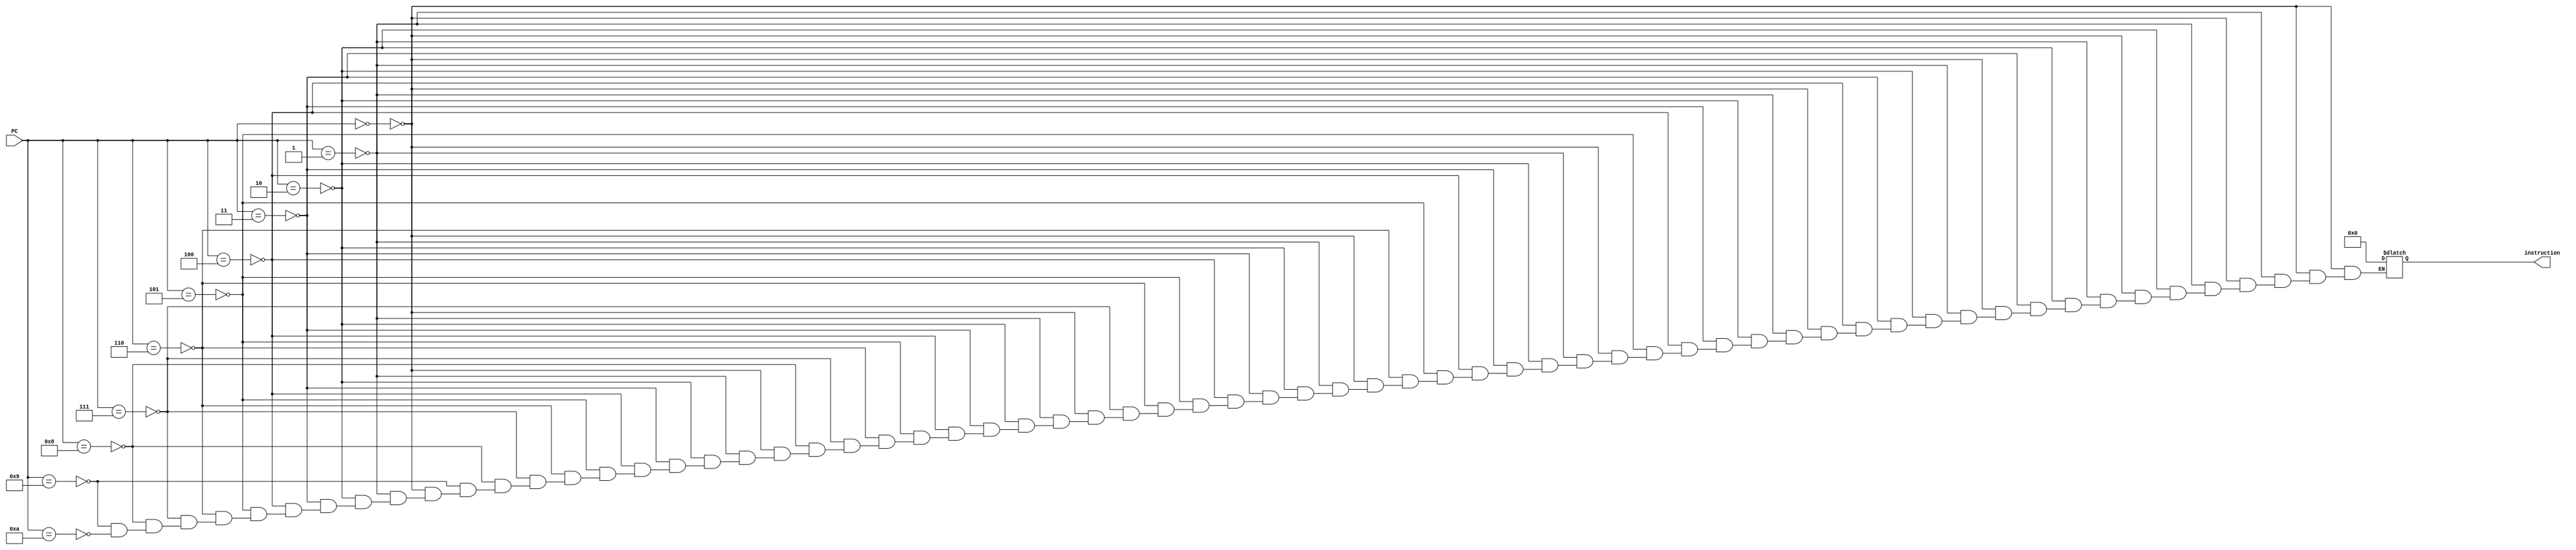
module instruction_memory(PC, instruction);
	input [4:0]PC;
	output [31:0]instruction;
	always @(PC)
		begin
		if(PC==5'd0)
			instruction = 32'b00000000000000000000000000000000;
		else if(PC==5'd1)
			instruction = 32'b00000000000000000000000000000000;
		else if(PC==5'd2)
			instruction = 32'b00000000000000000000000000000000;
		else if(PC==5'd3)
			instruction = 32'b00000000000000000000000000000000;
		else if(PC==5'd4)
			instruction = 32'b00000000000000000000000000000000;
		else if(PC==5'd5)
			instruction = 32'b00000000000000000000000000000000;
		else if(PC==5'd6)
			instruction = 32'b00000000000000000000000000000000;
		else if(PC==5'd7)
			instruction = 32'b00000000000000000000000000000000;
		else if(PC==5'd8)
			instruction = 32'b00000000000000000000000000000000;
		else if(PC==5'd9)
			instruction = 32'b00000000000000000000000000000000;
		else if(PC==5'd10)
			instruction = 32'b00000000000000000000000000000000;
		end
endmodule